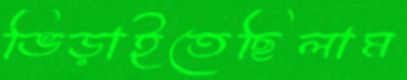
ভিড়াইতেছিলাম